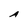
Character: A